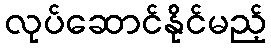
လုပ်ဆောင်နိုင်မည့်